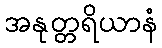
အနုတ္တရိယာနံ